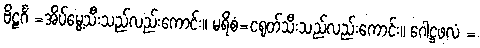
ဗိဠင်္ဂံ =အိပ်မွေ့သီးသည်လည်းကောင်း။ မရိစံ=ငရုတ်သီးသည်လည်းကောင်း။ ဂေါဋ္ဌဖလံ =